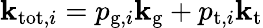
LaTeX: \mathbf{k}_{\mathrm{{tot}},i}=p_{\mathrm{{g}},i}\mathbf{k}_{\mathrm{{g}}}+p_{\mathrm{{t}},i}\mathbf{k}_{\mathrm{{t}}}